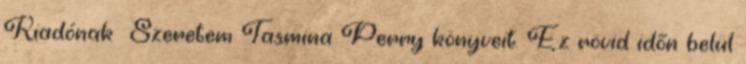
Kiadónak Szeretem Tasmina Perry könyveit. Ez rövid időn belül